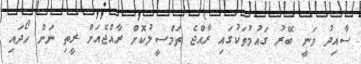
ސާއިދު ވަނީ ބޭރު ގައުމުތަކުގައި ރާއްޖެ ތަމްސީލުކޮށް ރާއްޖެއަށް ރީތި ނަން ހޯދައި